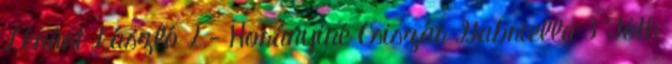
Lénárt László 2 - Horányiné Csiszár Gabriella 3 Tóth